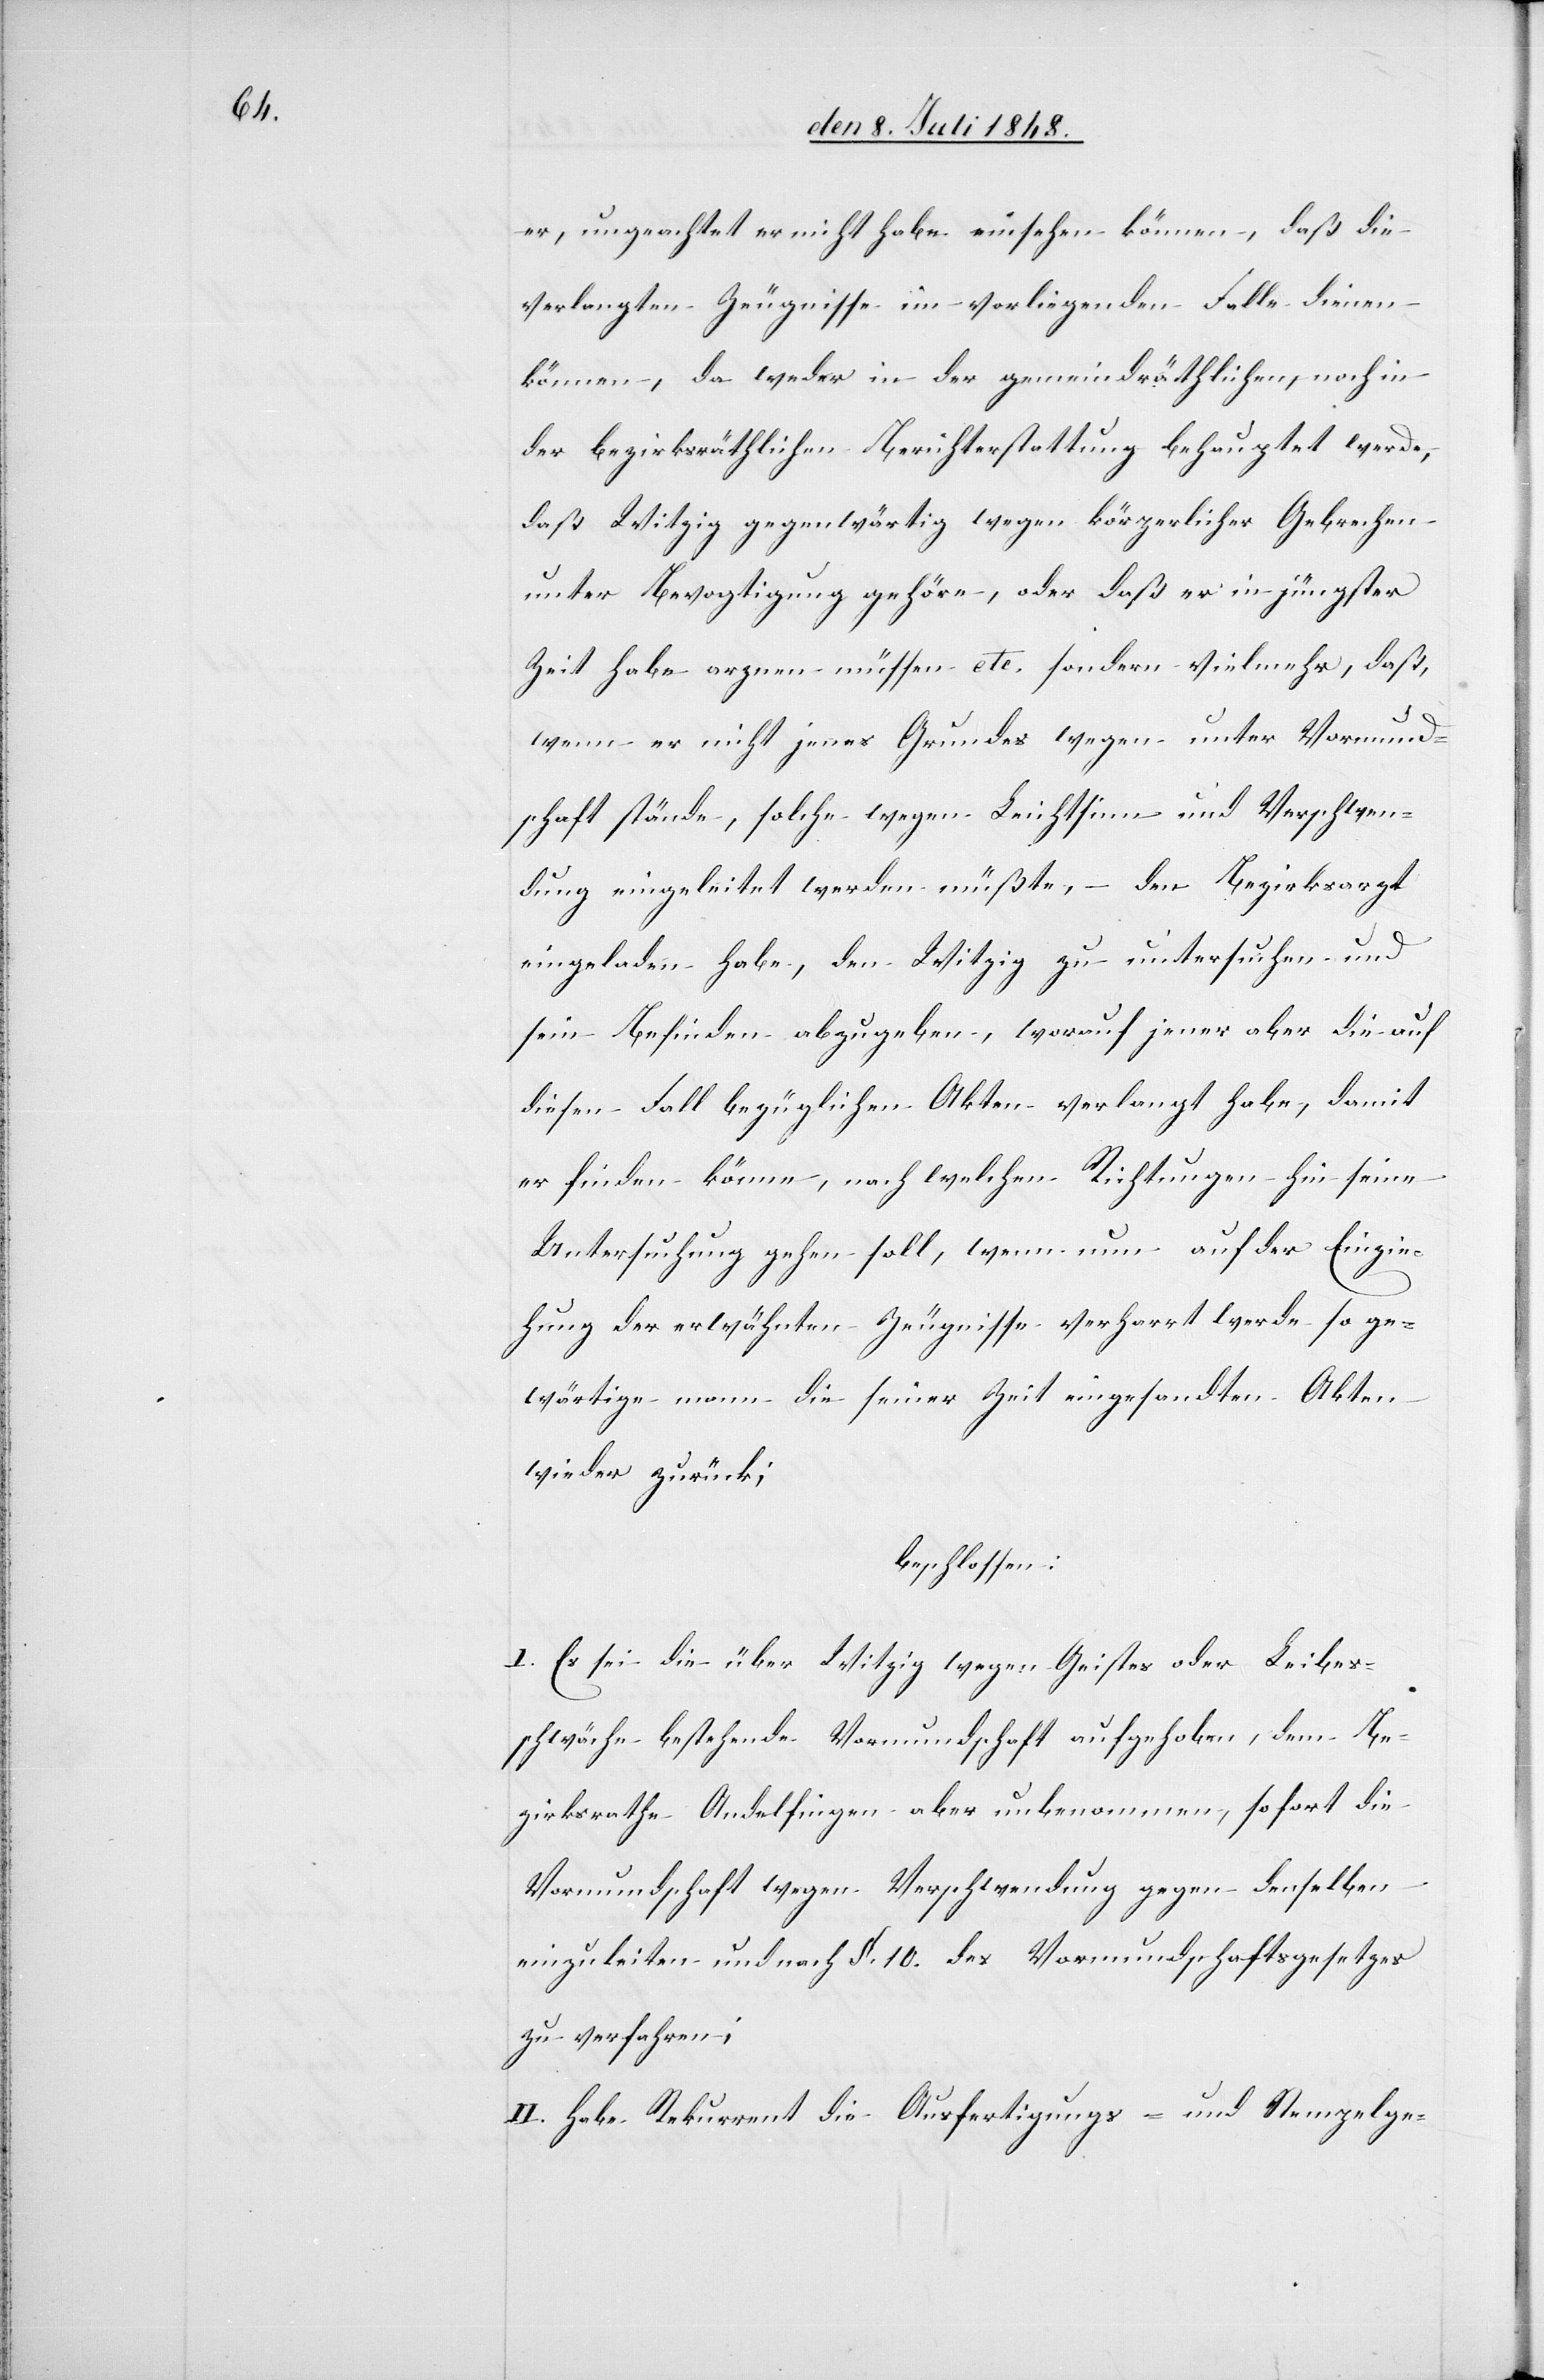
er, ungeachtet er nicht habe einsehen können, daß die
verlangten Zeugnisse im vorliegenden Falle dienen
können, da weder in der gemeindräthlichen, noch in
der bezirksräthlichen Berichterstattung behauptet werde,
daß Witzig gegenwärtig wegen körperlicher Gebrechen
unter Bevogtigung gehöre, oder daß er in jüngster
Zeit habe arznen müssen etc. sondern vielmehr, daß,
wenn er nicht jenes Grundes wegen unter Vormund¬
schaft stände, solche wegen Leichtsinn und Verschwen¬
dung eingeleitet werden müßte, den Bezirksarzt
eingeladen habe, den Witzig zu untersuchen und
sein Befinden abzugeben, worauf jener aber die auf
diesen Fall bezüglichen Akten verlangt habe, damit
er finden könne, nach welchen Richtungen hin seine
Untersuchung gehen soll, wenn nun auf der Einzie¬
hung der erwähnten Zeugnisse verharrt werde so ge¬
wärtige mann [sic!] die seiner Zeit eingesandten Akten
wieder zurück;
beschlossen:
I. Es sei die über Witzig wegen Geistes oder Leibes¬
schwäche bestehende Vormundschaft aufgehoben, dem Be¬
zirksrathe Andelfingen aber unbenommen, sofort die
Vormundschaft wegen Verschwendung gegen denselben
einzuleiten und nach §. 10. des Vormundschaftsgesetzes
zu verfahren;
II. Habe Rekurrent die Ausfertigungs- und Stempelge-